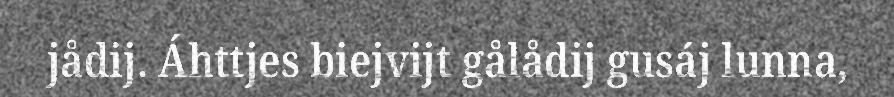
jådij. Áhttjes biejvijt gålådij gusáj lunna,